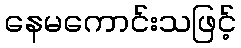
နေမကောင်းသဖြင့်